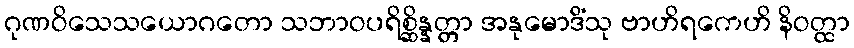
ဂုဏဝိသေသယောဂတော သဘာဝပရိစ္ဆိန္နတ္တာ အနုမောဒိံသု ဗာဟိရကေဟိ နိဝတ္ထာ